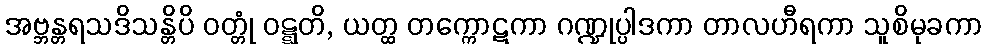
အဗ္ဘန္တရသဒိသန္တိပိ ဝတ္တုံ ဝဋ္ဋတိ, ယတ္ထ တက္ကောဋကာ ဂဏ္ဍုပ္ပါဒကာ တာလဟီရကာ သူစိမုခကာ